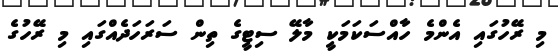
މި ރޭހުގައި އެންމެ ހާއްސަކަމަކީ މާލޭ ސިޓީގެ ތިން ސަރަހަދެއްގައި މި ރޭހުގެ